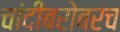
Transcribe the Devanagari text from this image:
चांदीबरोबरच